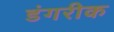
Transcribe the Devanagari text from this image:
डंगरीक